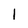
Character: 1